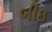
બીઇ